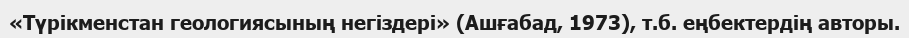
«Түрікменстан геологиясының негіздері» (Ашғабад, 1973), т.б. еңбектердің авторы.